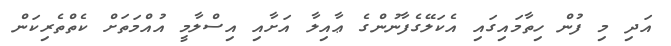
އަދި މި ފުން ހިތާމައިގައި އެކަލޭގެފާނުންގެ ޢާއިލާ އަށާއި އިސްލާމީ އުއްމަތަށް ކެތްތެރިކަން